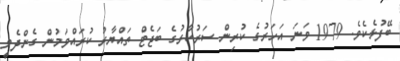
ބޭފުޅެކެވެ. 1979 ވަނަ އަހަރުގެ ކުރިން ސަރުކާރުގެ ބަޖެޓް ތައްޔާރު ކުރައްވަމުން ގެންދެވީ